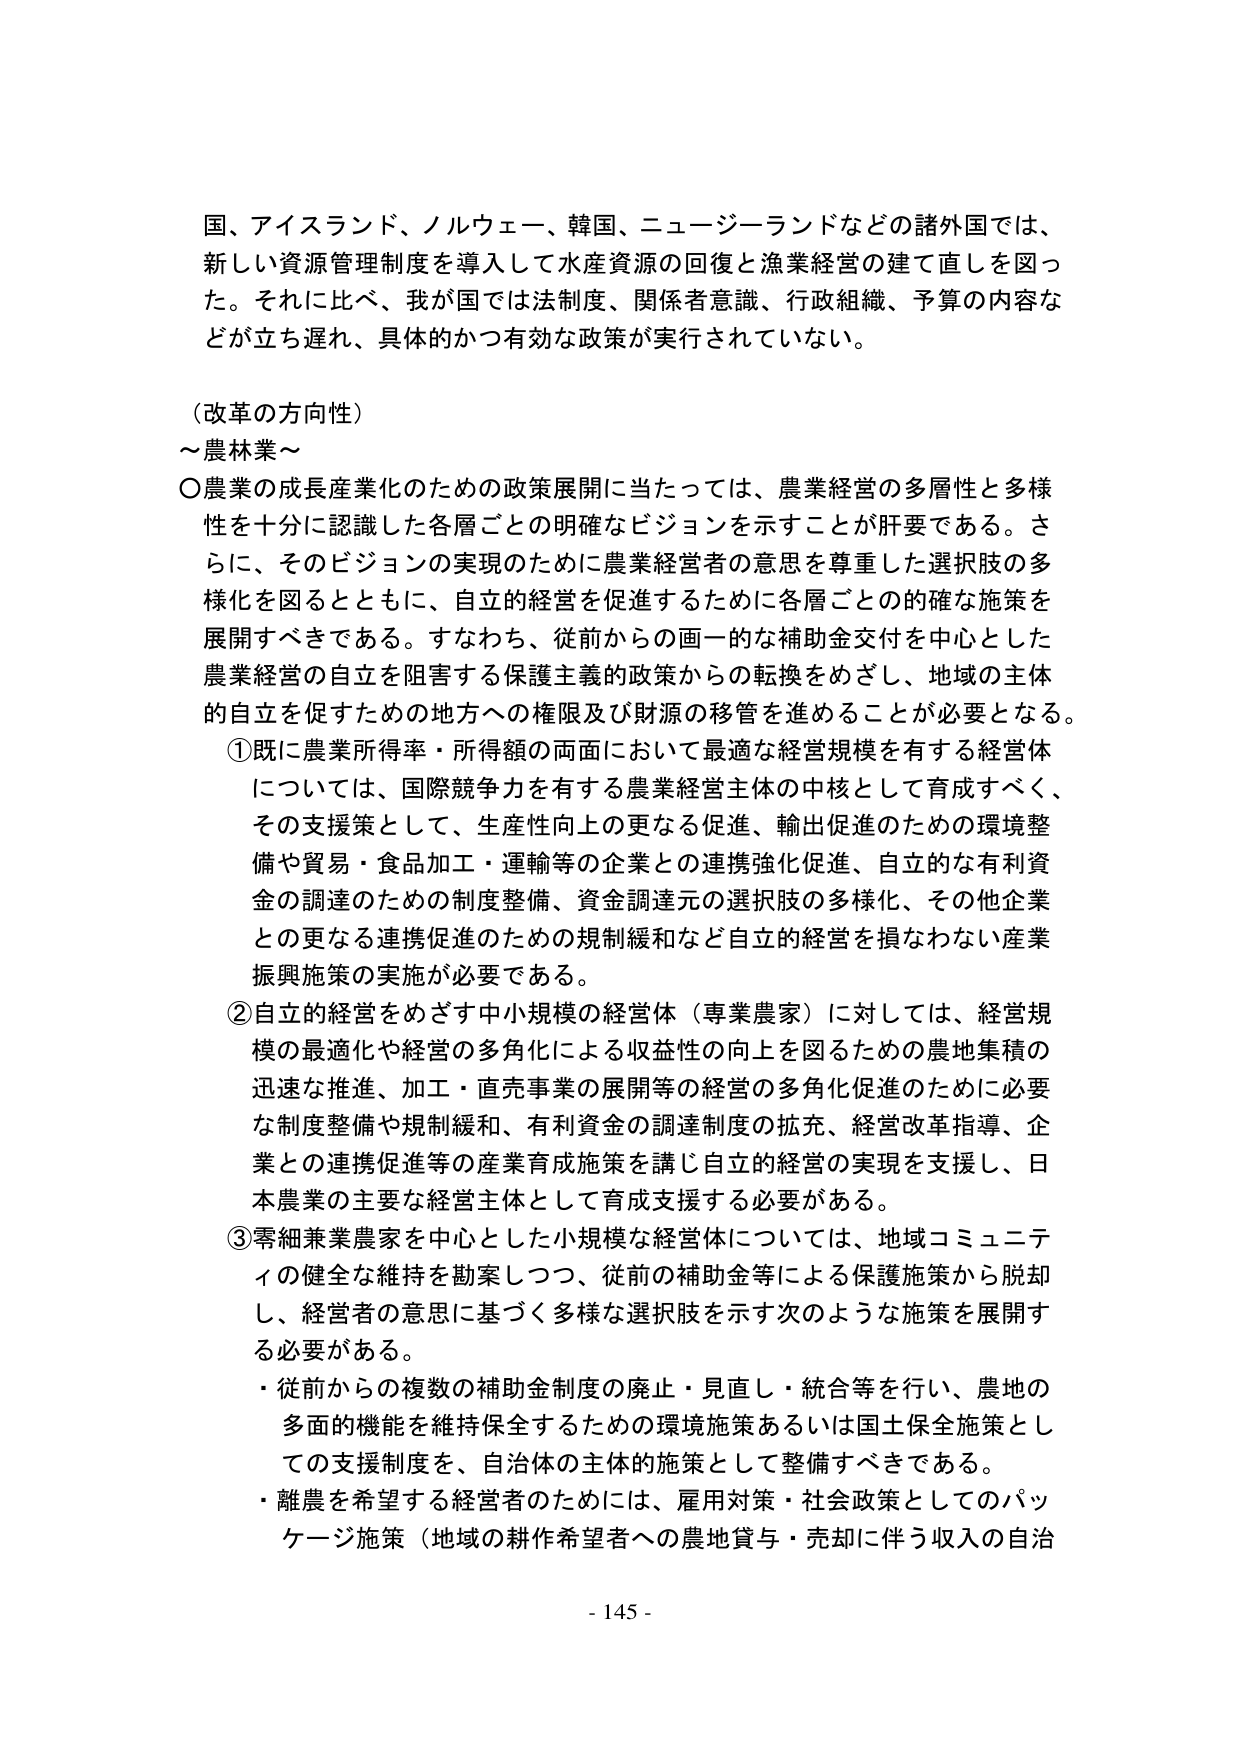
国、アイスランド、ノルウェー、韓国、ニュージーランドなどの諸外国では、
新しい資源管理制度を導入して水産資源の回復と漁業経営の建て直しを図った。それに比べ、我が国では法制度、関係者意識、行政組織、予算の内容などが立ち遅れ、具体的かつ有効な政策が実行されていない。

（改革の方向性）
～農林業～
○農業の成長産業化のための政策展開に当たっては、農業経営の多層性と多様性を十分に認識した各層ごとの明確なビジョンを示すことが肝要である。さらに、そのビジョンの実現のために農業経営者の意思を尊重した選択肢の多様化を図るとともに、自立的経営を促進するために各層ごとの的確な施策を展開すべきである。すなわち、従前からの画一的な補助金交付を中心とした農業経営の自立を阻害する保護主義的政策からの転換をめざし、地域の主体的自立を促すための地方への権限及び財源の移管を進めることが必要となる。

①既に農業所得率・所得額の両面において最適な経営規模を有する経営体については、国際競争力を有する農業経営主体の中核として育成すべく、その支援策として、生産性向上の更なる促進、輸出促進のための環境整備や貿易・食品加工・運輸等の企業との連携強化促進、自立的な有利資金の調達のための制度整備、資金調達元の選択肢の多様化、その他企業との更なる連携促進のための規制緩和など自立的経営を損なわない産業振興施策の実施が必要である。

②自立的経営をめざす中小規模の経営体（専業農家）に対しては、経営規模の最適化や経営の多角化による収益性の向上を図るための農地集積の迅速な推進、加工・直売事業の展開等の経営の多角化促進のために必要な制度整備や規制緩和、有利資金の調達制度の拡充、経営改革指導、企業との連携促進等の産業育成施策を講じ自立的経営の実現を支援し、日本農業の主要な経営主体として育成支援する必要がある。

③零細兼業農家を中心とした小規模な経営体については、地域コミュニティの健全な維持を勘案しつつ、従前の補助金等による保護施策から脱却し、経営者の意思に基づく多様な選択肢を示す次のような施策を展開する必要がある。
・従前からの複数の補助金制度の廃止・見直し・統合等を行い、農地の多面的機能を維持保全するための環境施策あるいは国土保全施策としての支援制度を、自治体の主体的施策として整備すべきである。
・離農を希望する経営者のためには、雇用対策・社会政策としてのパッケージ施策（地域の耕作希望者への農地貸与・売却に伴う収入の自治

- 145 -